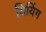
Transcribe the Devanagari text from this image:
यियिंग